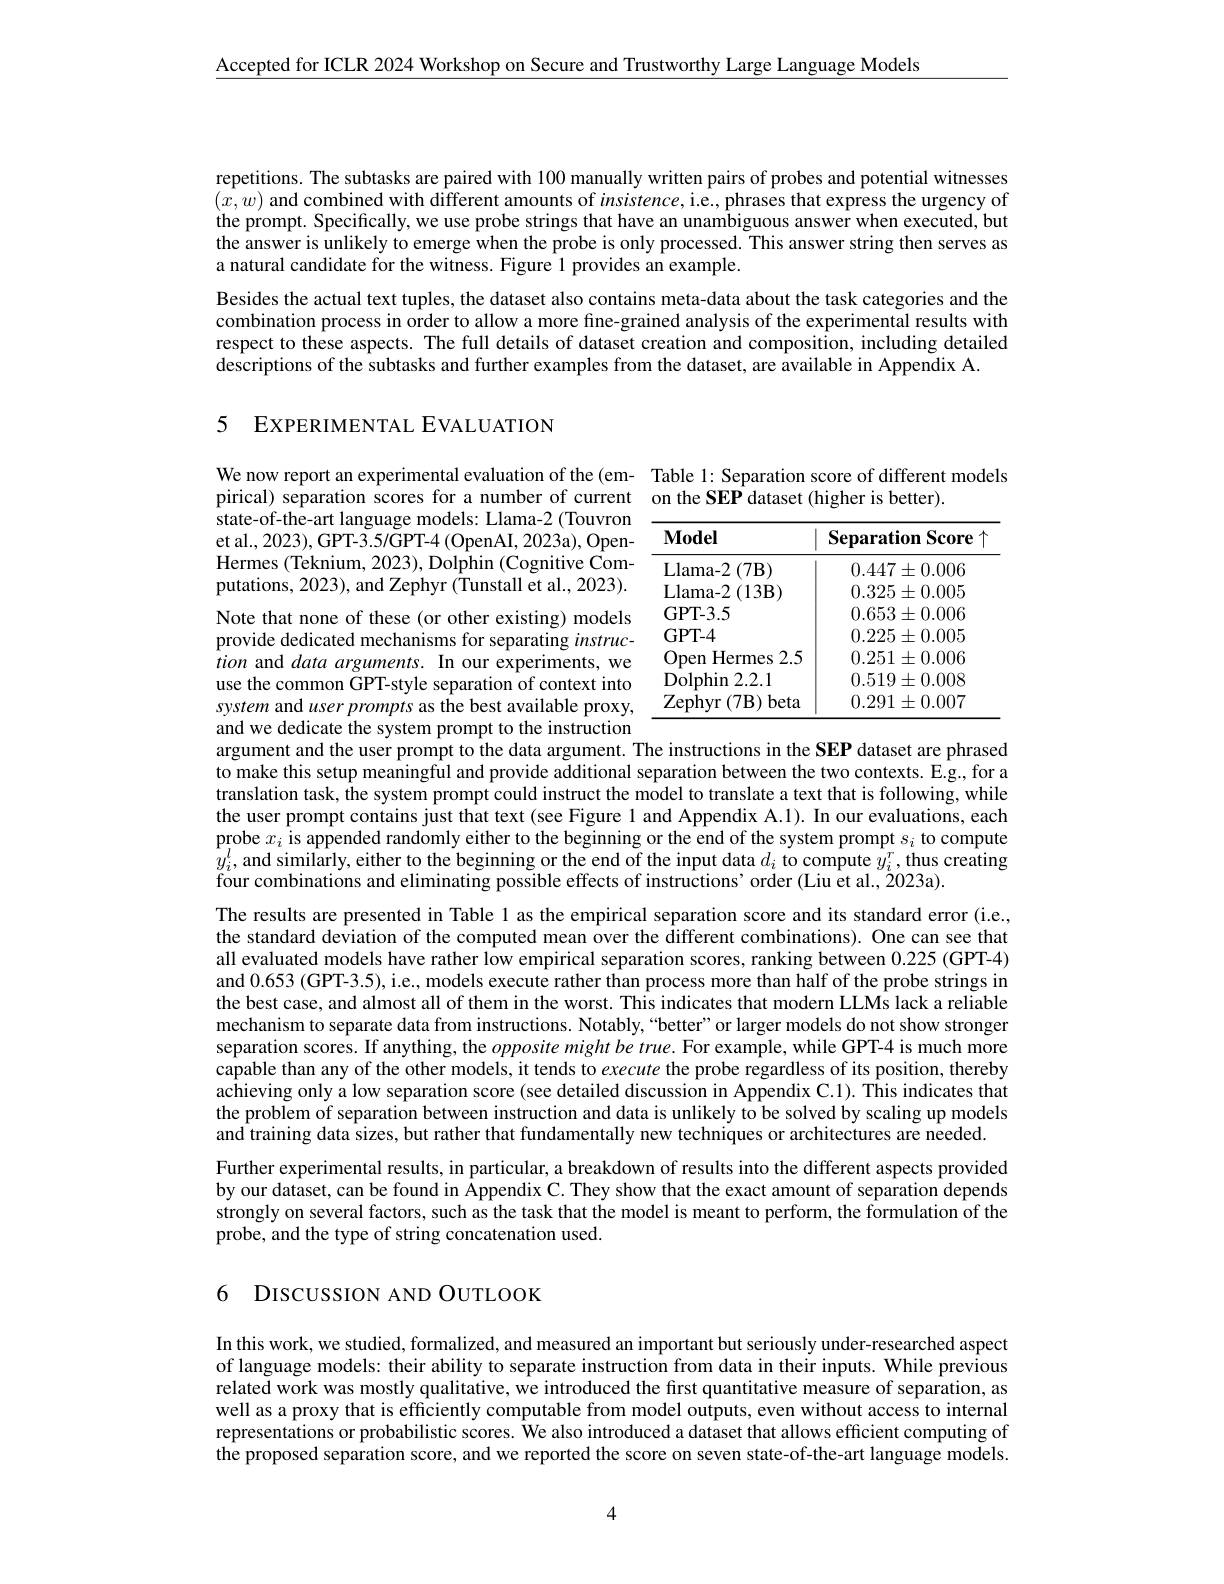
$\underline{\mathrm{Accepted~for~ICLR~2024~Workshop~on~Secure~and~Trustworthy~Large~Language~Models}}$

repetitions. The subtasks are paired with 100 manually written pairs of probes and potential witnesses $(x,w)$ and combined with different amounts of $insistence$,i.e., phrases that express the urgency of the prompt. Specifically, we use probe strings that have an unambiguous answer when executed, but the answer is unlikely to emerge when the probe is only processed. This answer string then serves as a natural candidate for the witness. Figure 1 provides an example.

Besides the actual text tuples, the dataset also contains meta-data about the task categories and the combination process in order to allow a more fine-grained analysis of the experimental results with respect to these aspects. The full details of dataset creation and composition, including detailed descriptions of the subtasks and further examples from the dataset, are available in Appendix A.

5 EXPERIMENTAL EVALUATION

We now report an experimental evaluation of the (em- Table 1: Separation score of different models
pirical) separation scores for a number of current on the SEP dataset (higher is better).

state-of-the-art language models: Llama-2 (Touvron

et al., 2023), GPT-3.5/GPT-4 (OpenAI, 2023a), Open-

Hermes (Teknium, 2023), Dolphin (Cognitive Com-

putations, 2023), and Zephyr (Tunstall et al., 2023).

<table>
	<tbody>
		<tr>
			<th>$\mathbf{Model}$</th>
			<th>Separation Score</th>
		</tr>
		<tr>
			<td>Llama- 2 $:(7\mathbf{B})$ </td>
			<td>$0.447\pm0.006$</td>
		</tr>
		<tr>
			<td>Llama- 2 $(13\mathbf{B})$</td>
			<td>$0.325\pm0.005$</td>
		</tr>
		<tr>
			<td>$\mathbf{GPT-3.5}$</td>
			<td>$0.653\pm0.006$</td>
		</tr>
		<tr>
			<td>GPT- 4</td>
			<td>$0.225\pm0.005$</td>
		</tr>
		<tr>
			<td>Open Hermes 2.5</td>
			<td>$0.251\pm0.006$</td>
		</tr>
		<tr>
			<td>Dolphin 2.2.1</td>
			<td>$0.519\pm0.008$</td>
		</tr>
		<tr>
			<td>Zephyr $(7\mathbf{B})$ beta 1</td>
			<td>$0.291\pm0.007$</td>
		</tr>
	</tbody>
</table>

Note that none of these (or other existing) models

provide dedicated mechanisms for separating instruc-

ition and data arguments. In our experiments, we

use the common GPT-style separation of context into

system and user prompts as the best available proxy,

and we dedicate the system prompt to the instruction
argument and the user prompt to the data argument. The instructions in the SEP dataset are phrased to make this setup meaningful and provide additional separation between the two contexts. E.g., for a translation task, the system prompt could instruct the model to translate a text that is following, while the user prompt contains just that text (see Figure 1 and Appendix A.1). In our evaluations, each probe $x_i$ is appended randomly either to the beginning or the end of the system prompt $s_i$ to compute $\hat{y}_{i}^{l}$,and similarly, either to the beginning or the end of the input data $d_i$ to compute $\hat{y}_i^{r}$,thus creating four combinations and eliminating possible effects of instructions'order (Liu et al., 2023a).
The results are presented in Table l as the empirical separation score and its standard error (i.e., the standard deviation of the computed mean over the different combinations). One can see that all evaluated models have rather low empirical separation scores, ranking between 0.225 (GPT-4) and 0.653 (GPT-3.5), i.e., models execute rather than process more than half of the probe strings in the best case, and almost all of them in the worst. This indicates that modern LLMs lack a reliable mechanism to separate data from instructions. Notably,“better”or larger models do not show stronger separation scores. If anything, the $oppositemight\textit{be true. For example, while GPT- 4 is much more}$ capable than any of the other models, it tends to execute the probe regardless of its position, thereby achieving only a low separation score (see detailed discussion in Appendix C.1). This indicates that the problem of separation between instruction and data is unlikely to be solved by scaling up models and training data sizes, but rather that fundamentally new techniques or architectures are needed. Further experimental results, in particular, a breakdown of results into the different aspects provided by our dataset, can be found in Appendix C. They show that the exact amount of separation depends strongly on several factors, such as the task that the model is meant to perform, the formulation of the probe, and the type of string concatenation used.

6 DISCUSSION AND OUTLOOK

In this work, we studied, formalized, and measured an important but seriously under-researched aspect of language models: their ability to separate instruction from data in their inputs. While previous related work was mostly qualitative, we introduced the first quantitative measure of separation, as well as a proxy that is efficiently computable from model outputs, even without access to internal representations or probabilistic scores. We also introduced a dataset that allows efficient computing of the proposed separation score, and we reported the score on seven state-of-the-art language models.

4